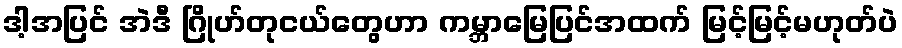
ဒါ့အပြင် အဲဒီ ဂြိုဟ်တုငယ်တွေဟာ ကမ္ဘာမြေပြင်အထက် မြင့်မြင့်မဟုတ်ပဲ